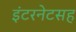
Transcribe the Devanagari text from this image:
इंटरनेटसह